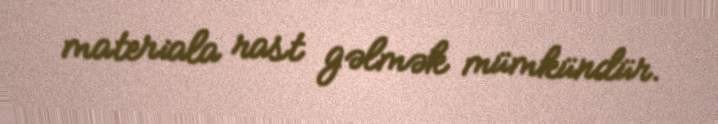
materiala rast gəlmək mümkündür.